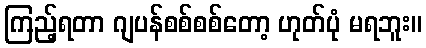
ကြည့်ရတာ ဂျပန်စစ်စစ်တော့ ဟုတ်ပုံ မရဘူး။